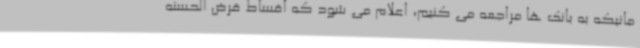
مانیکه به بانک ها مراجعه می کنیم، اعلام می شود که اقساط قرض الحسنه